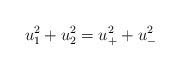
LaTeX: \begin{align*}\begin{aligned}u_1^2 + u_2^2 = u_+^2 + u_-^2 \\\end{aligned}\end{align*}